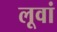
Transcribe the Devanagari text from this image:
लूवां